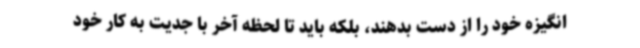
انگیزه خود را از دست بدهند، بلکه باید تا لحظه آخر با جدیت به کار خود